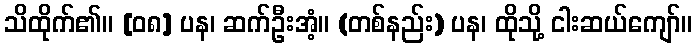
သိထိုက်၏။ [၀၈] ပန၊ ဆက်ဦးအံ့။ (တစ်နည်း) ပန၊ ထိုသို့ ငါးဆယ်ကျော်။